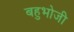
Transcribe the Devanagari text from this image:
बहुभोजी